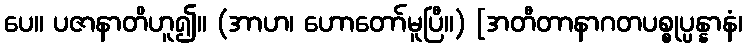
ပေ။ ပဇာနာတိဟူ၍။ (အာဟ၊ ဟောတော်မူပြီ။) [အတီတာနာဂတပစ္စုပ္ပန္နာနံ၊